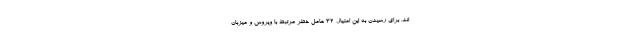
اند. برای رسیدن به این امتیاز، 32 عامل خطر مرتبط با ویروس و میزبان